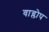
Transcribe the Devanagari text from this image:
वाग्लोप